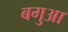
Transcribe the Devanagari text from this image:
बगुआ